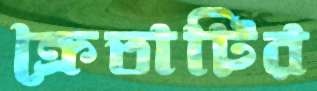
ক্রেতাটির